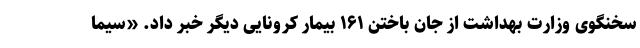
سخنگوی وزارت بهداشت از جان باختن ۱۶۱ بیمار کرونایی دیگر خبر داد. «سیما